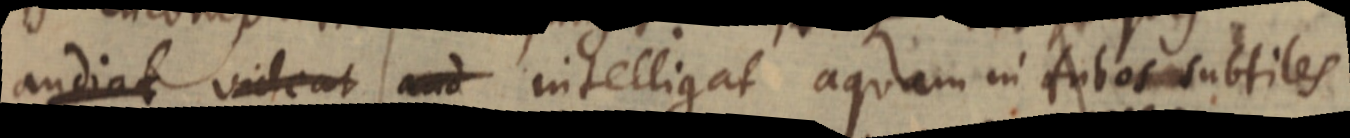
audiat videat aud intelligat aquam in tubos subtiles